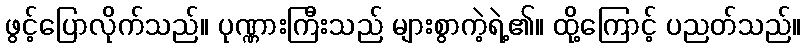
ဖွင့်ပြောလိုက်သည်။ ပုဏ္ဏားကြီးသည် များစွာကဲ့ရဲ့၏။ ထို့ကြောင့် ပညတ်သည်။